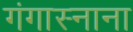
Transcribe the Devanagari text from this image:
गंगास्नाना